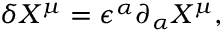
\delta X ^ { \mu } = \epsilon ^ { \alpha } \partial _ { \alpha } X ^ { \mu } ,